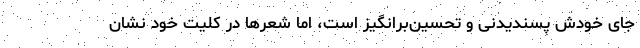
جای خودش پسندیدنی و تحسین‌برانگیز است، اما شعرها در کلیت خود نشان